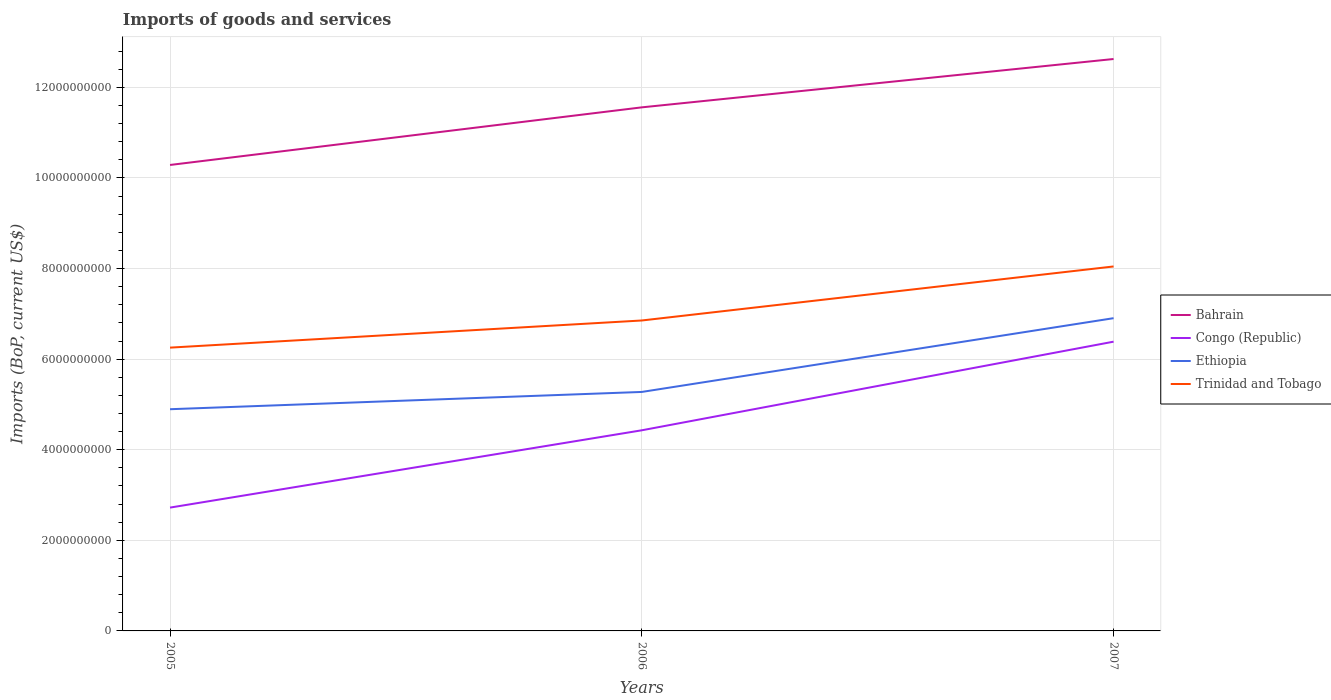
| Years | Bahrain | Congo (Republic) | Ethiopia | Trinidad and Tobago |
 | --- | --- | --- | --- | --- |
 | 2005 | 1.03e+10 | 2.72e+09 | 4.89e+09 | 6.25e+09 |
 | 2006 | 1.16e+10 | 4.43e+09 | 5.28e+09 | 6.85e+09 |
 | 2007 | 1.26e+10 | 6.39e+09 | 6.9e+09 | 8.05e+09 |